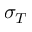
\sigma _ { T }